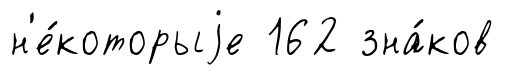
н'е́которыjе 162 зна́ков